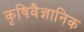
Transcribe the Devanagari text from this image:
कृषिवैज्ञानिक